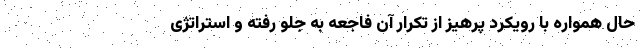
حال همواره با رویکرد پرهیز از تکرار آن فاجعه به جلو رفته و استراتژی